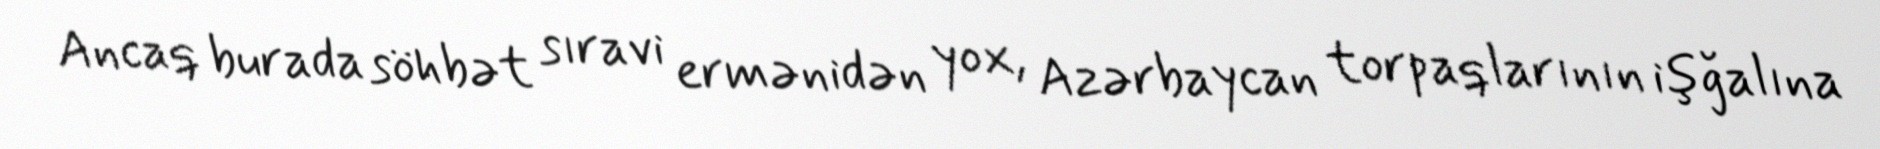
Ancaq burada söhbət sıravi ermənidən yox, Azərbaycan torpaqlarının işğalına